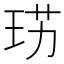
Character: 𤥉